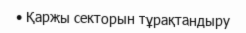
• Қаржы секторын тұрақтандыру